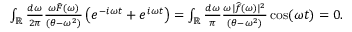
\begin{array} { r } { \int _ { \mathbb { R } } \frac { d \omega } { 2 \pi } \frac { \omega \widehat F ( \omega ) } { ( \theta - \omega ^ { 2 } ) } \left( e ^ { - i \omega t } + e ^ { i \omega t } \right) = \int _ { \mathbb { R } } \frac { d \omega } { \pi } \frac { \omega | \widehat f ( \omega ) | ^ { 2 } } { ( \theta - \omega ^ { 2 } ) } \cos ( \omega t ) = 0 . } \end{array}